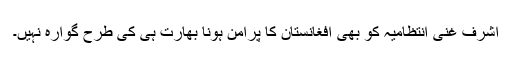
اشرف غنی انتظامیہ کو بھی افغانستان کا پرامن ہونا بھارت ہی کی طرح گوارہ نہیں۔